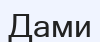
Дами